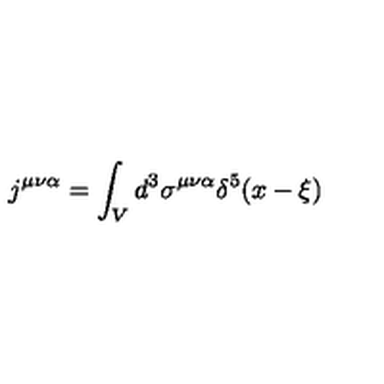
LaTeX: j ^ { \mu \nu \alpha } = \int _ { V } d ^ { 3 } \sigma ^ { \mu \nu \alpha } \delta ^ { 5 } ( x - \xi )